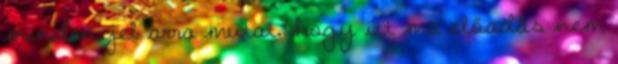
minden jel arra mutat, hogy itt ma előadás nem